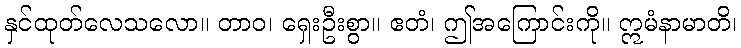
နှင်ထုတ်လေသလော။ တာဝ၊ ရှေးဦးစွာ။ ဧတံ၊ ဤအကြောင်းကို။ ဣမံနာမာတိ၊